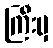
ကြီးမှ